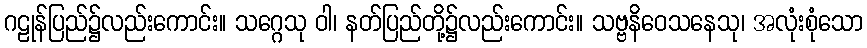
ဂဠုန်ပြည်၌လည်းကောင်း။ သဂ္ဂေသု ဝါ၊ နတ်ပြည်တို့၌လည်းကောင်း။ သဗ္ဗနိဝေသနေသု၊ အလုံးစုံသော